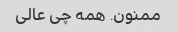
ممنون. همه چی عالی